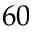
6 0